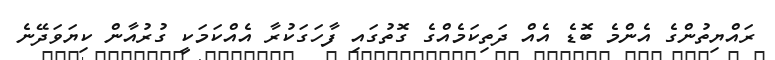
ރައްޔިތުންގެ އެންމެ ބޮޑެ އެއް ދަތިކަމެއްގެ ގޮތުގައި ފާހަގަކުރާ އެއްކަމަކީ ގުރުއާން ކިޔަވަދޭނެ